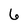
Character: 6